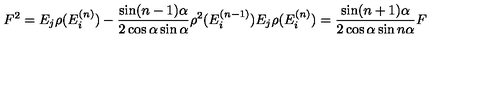
F ^ { 2 } = E _ { j } \rho ( E _ { i } ^ { ( n ) } ) - \frac { \sin ( n - 1 ) \alpha } { 2 \cos \alpha \sin \alpha } \rho ^ { 2 } ( E _ { i } ^ { ( n - 1 ) } ) E _ { j } \rho ( E _ { i } ^ { ( n ) } ) = \frac { \sin ( n + 1 ) \alpha } { 2 \cos \alpha \sin n \alpha } F